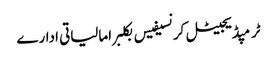
ٹرمپڈیجیٹل کرنسیفیس بکلبرامالیاتی ادارے